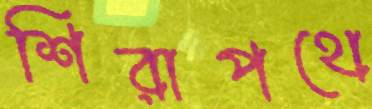
শিরাপথে